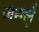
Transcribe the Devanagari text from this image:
जन्ग्लूँ